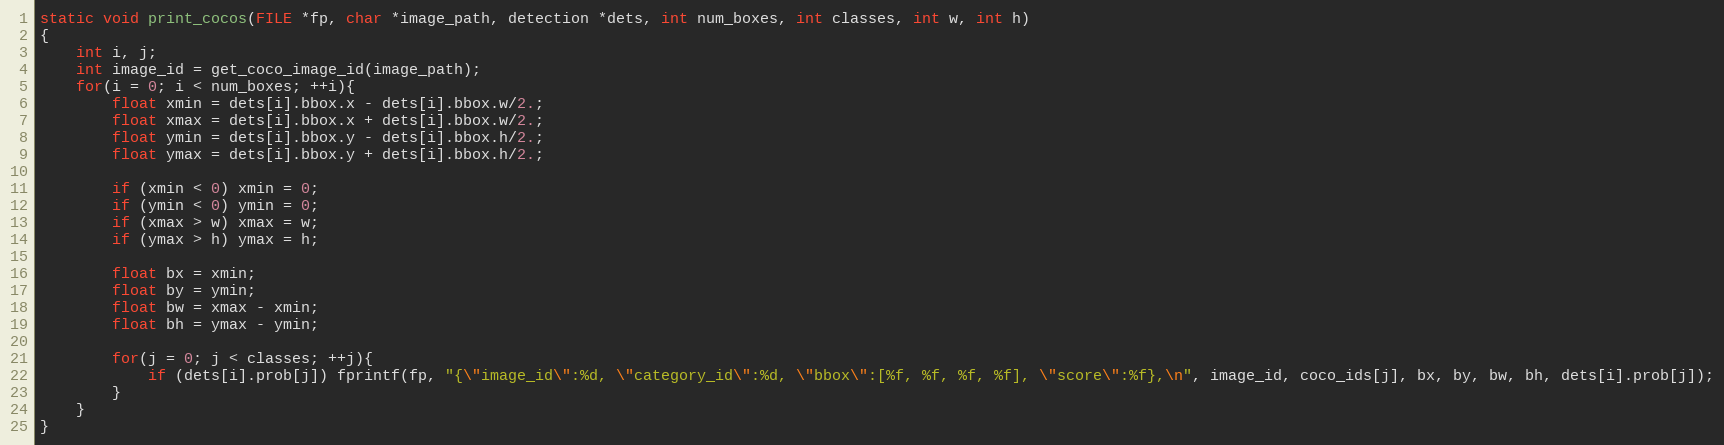
Language: C
static void print_cocos(FILE *fp, char *image_path, detection *dets, int num_boxes, int classes, int w, int h)
{
    int i, j;
    int image_id = get_coco_image_id(image_path);
    for(i = 0; i < num_boxes; ++i){
        float xmin = dets[i].bbox.x - dets[i].bbox.w/2.;
        float xmax = dets[i].bbox.x + dets[i].bbox.w/2.;
        float ymin = dets[i].bbox.y - dets[i].bbox.h/2.;
        float ymax = dets[i].bbox.y + dets[i].bbox.h/2.;

        if (xmin < 0) xmin = 0;
        if (ymin < 0) ymin = 0;
        if (xmax > w) xmax = w;
        if (ymax > h) ymax = h;

        float bx = xmin;
        float by = ymin;
        float bw = xmax - xmin;
        float bh = ymax - ymin;

        for(j = 0; j < classes; ++j){
            if (dets[i].prob[j]) fprintf(fp, "{\"image_id\":%d, \"category_id\":%d, \"bbox\":[%f, %f, %f, %f], \"score\":%f},\n", image_id, coco_ids[j], bx, by, bw, bh, dets[i].prob[j]);
        }
    }
}